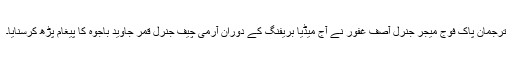
ترجمان پاک فوج میجر جنرل آصف غفور نے آج میڈیا بریفنگ کے دوران آرمی چیف جنرل قمر جاوید باجوہ کا پیغام پڑھ کرسنایا۔